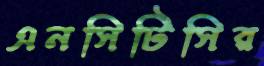
এনসিটিসির